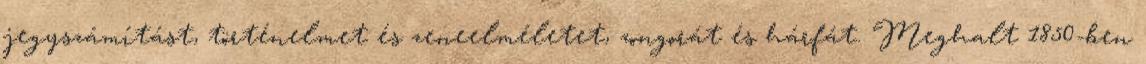
jegyszámítást, történelmet és zeneelméletet, zongorát és hárfát. Meghalt 1850-ben